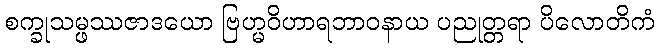
စက္ခုသမ္ဖဿဇာဒယော ဗြဟ္မဝိဟာရဘာဝနာယ ပညုတ္တရာ ပိလောတိကံ